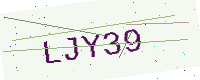
Text: LJY39